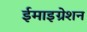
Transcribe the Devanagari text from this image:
ईमाइग्रेशन